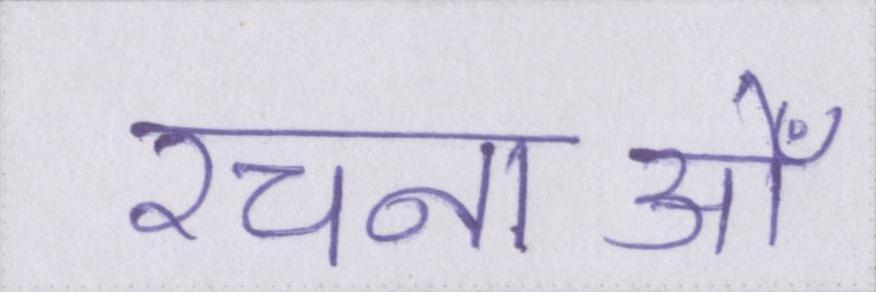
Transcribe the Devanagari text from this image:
रचनाओँ